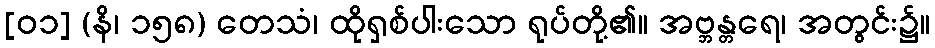
[၀၁] (နိ၊ ၁၅၈) တေသံ၊ ထိုရှစ်ပါးသော ရုပ်တို့၏။ အဗ္ဘန္တရေ၊ အတွင်း၌။